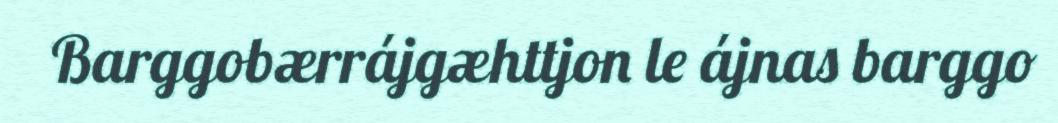
Barggobærrájgæhttjon le ájnas barggo